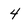
Character: 4